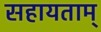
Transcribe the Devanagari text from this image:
सहायताम्